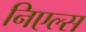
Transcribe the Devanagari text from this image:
निएल्स